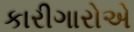
કારીગારોએ